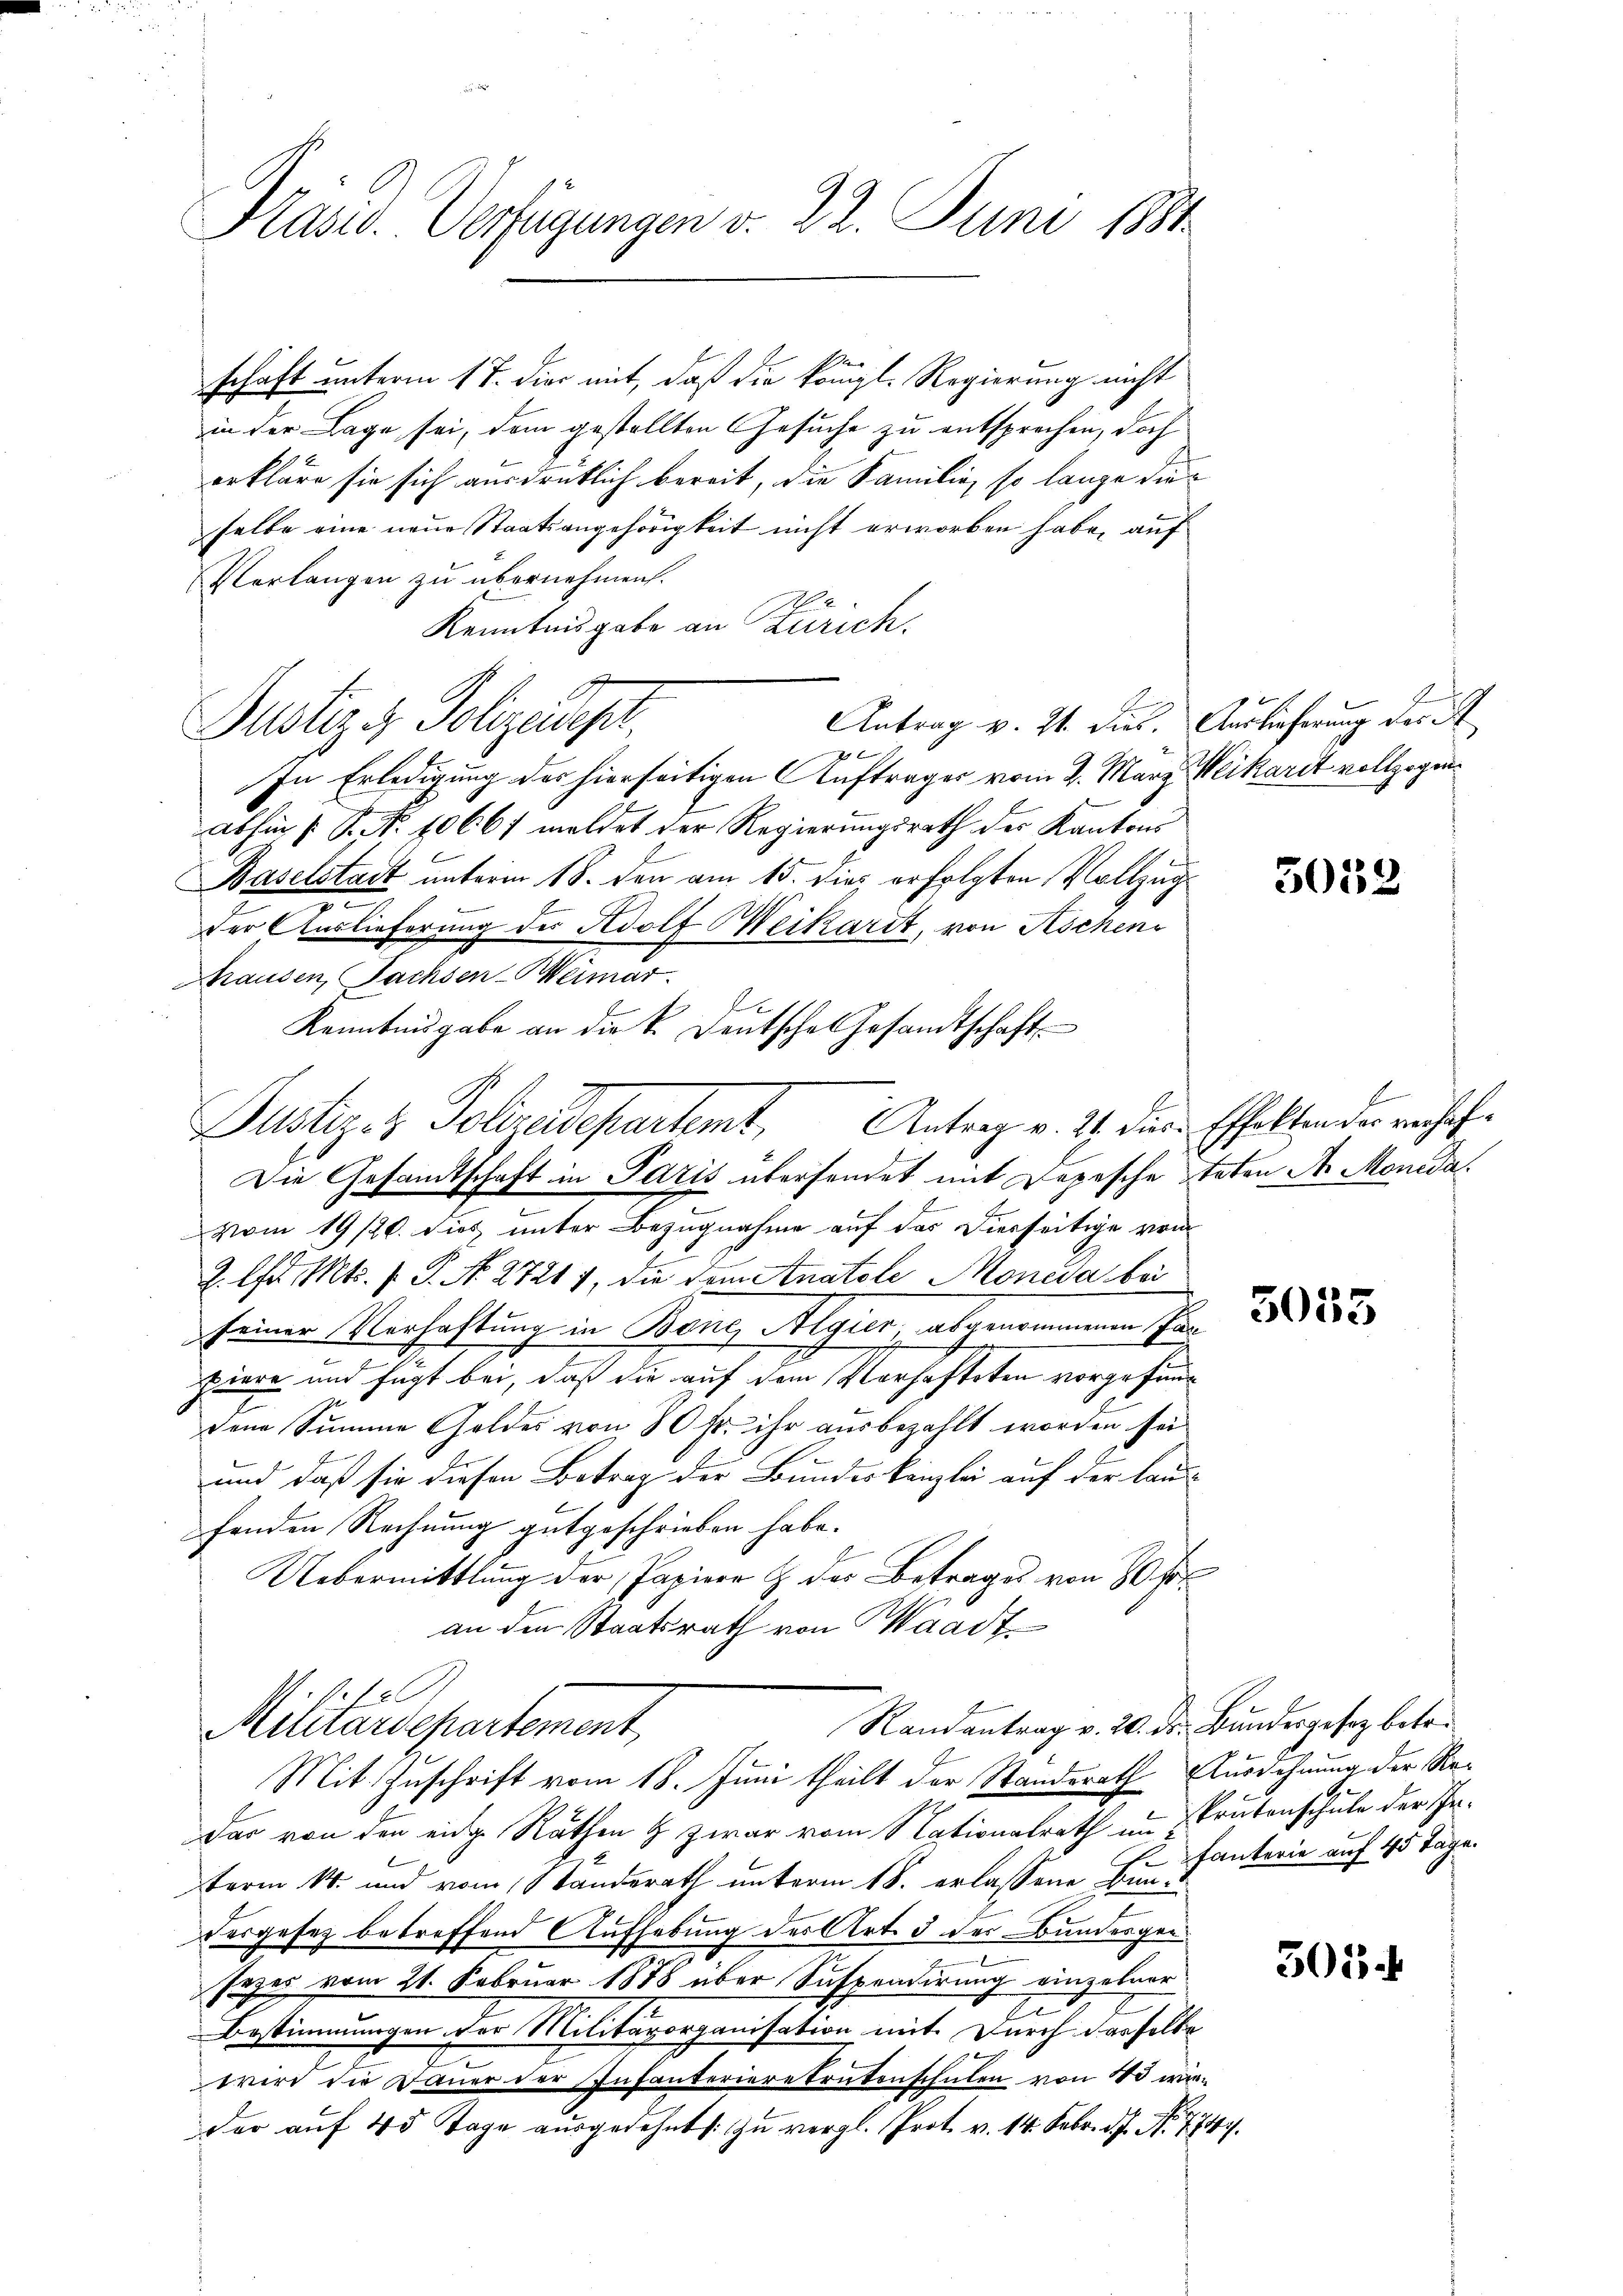
Präsid. Verfügungen d. 22. Juni 1881.

schaft unterm 17. die mit, daß die königl. Regierung nicht
in der Lage sei, dem gestellten Gesuche zu entsprechen, doch
erkläre sie sich ausdrüklich bereit, die Familie, so lange dieselbe eine neue Staatsangehörigkeit nicht erworben habe, auf
Verlangen zu übernehmen.
Kenntnisgabe an Zürich.
Antrag v. 21. dies. Auslieferung der
Justiz & Polizeidigu
g
In Erledigung des hierseitigen Auftrages vom 2. März. Weikardt vollzogenabhin (: P. N. 10667 meldet der Regierungsrath der Kantons
Baselstadt unterm 18. den am 15. dies erfolgten Vollzug¬
.
der Auslieferung des Adolf Weikardt, von Aschen
Ghausen, Sachsen-Weimar.
Kenntnisgabe an die k. Deutsche Gesandtschaft
Pustiz- & Polizeidepartemt, Antrag v. 21. die Echaltenden verhaf¬
Die Gesandtschaft in Paris übersendet mit Depesche toten der Monida
vom 19/20. dies unter Bezugnahme auf das Dierseitige vom
2. Chr. Mts. 1. P. No. 27217, die dem Anatole Moneda bei
seiner Verhaftung in Bene Algier, abgenommenen Panpiere und fügt bei, daß die auf dem Verhafteten vorgefund
dene Summe Goldes von 80fr. ihr ausbezahlt worden sei
.
und daß sie diesen Betrag der Bundeskanzlei auf der laufenden Rechnung gutgeschrieben habe.
Uebermittlung der Papiere & des Betrages von 80 Frk
an den Staatsrath von Waadt
e
Randantrag v. 20. ds. Bundergesetz betr.
Militärdepartement
Mit Zuschrift vom 18. Juni theilt der Standsrath Ausdehnung der Re¬
Das von den eidg. Räthen & zwar vom Nationalrath im Trutenschule der Jr.
J
term 14. und vom Ständerath unterm 18. erlassene Bundesgesez betreffend Aufhebung des Art. 3 der Bundesgen
sezes vom 21. Februar 1878 über Suspradirung einzelner
2
Bestimmungen der Militärorganisation mit. Durch dasselbe
wird die Dauer der Infanteriere tretenschulen von 10 wieder auf 45 Tage ausgedehnt: zu vergl. Prot. v. 14. Febr. d. No. 774.

5052

5055

fanterie auf 45 Tage.

501.